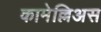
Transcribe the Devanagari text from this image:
कामेल्लिअस